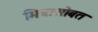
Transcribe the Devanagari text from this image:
मित्रासोबत